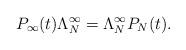
LaTeX: \begin{align*}P_{\infty}(t)\Lambda^{\infty}_{N}=\Lambda^{\infty}_{N}P_N(t).\end{align*}